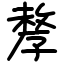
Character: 孷